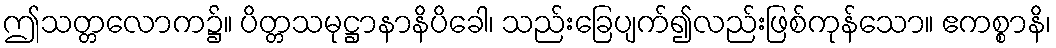
ဤသတ္တလောက၌။ ပိတ္တသမုဋ္ဌာနာနိပိခေါ၊ သည်းခြေပျက်၍လည်းဖြစ်ကုန်သော။ ဧကစ္စာနိ၊